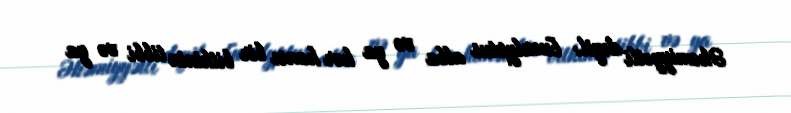
Əhəmiyyətli deyil: Eucalyptus alba və ya hər hansı bir bitkinin tibbi və ya